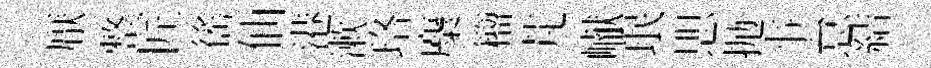
厭整匠徭仙港漱珞麋籕芃𪩘珉愳抛亊怠結